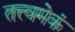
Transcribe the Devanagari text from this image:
तत्त्वमेकं